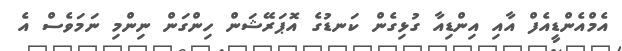
އެމްއެންޑީއެފް އާއި އިންޑިއާ ގުޅިގެން ކަނޑުގެ އޮޕަރޭޝަން ހިންގަން ނިންމި ނަމަވެސް އެ